Plague in India, 1896, 1897 - Volume 3
Year: 1896
Disease focus: Plague
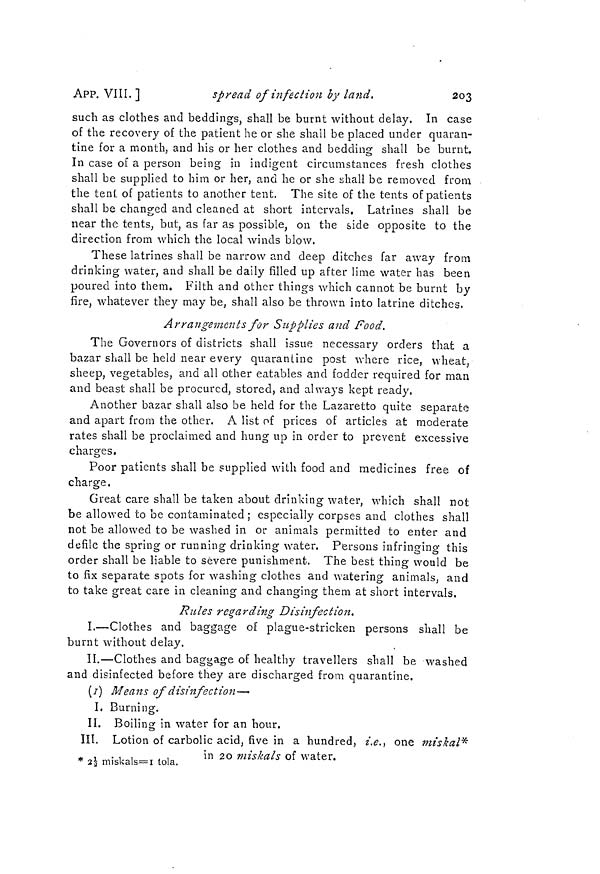
203
APP. VIII. ]
spread of infection by land.
such as clothes and beddings, shall be burnt without delay. In case
of the recovery of the patient he or she shall be placed under quaran-
tine for a month, and his or her clothes and bedding shall be burnt.
In case of a person being in indigent circumstances fresh clothes
shall be supplied to him or her, and he or she shall be removed from
the tent, of patients to another tent. The site of the tents of patients
shall be changed and cleaned at short intervals. Latrines shall be
near the tents, but, as far as possible, on the side opposite to the
direction from which the local winds blow,
These latrines shall be narrow and deep ditches far away from
drinking water, and shall be daily filled up after lime water has been
poured into them. Filth and other things which cannot be burnt by
fire, whatever they may be, shall also be thrown into latrine ditches.
Arrangements for Supplies and Food.
The Governors of districts shall issue necessary orders that a
bazar shall be held near every quarantine post where rice, wheat,
sheep, vegetables, and all other eatables and fodder required for man
and beast shall be procured, stored, and always kept ready,
Another bazar shall also be held for the Lazaretto quite separate
and apart from the other. A list of prices of articles at moderate
rates shall be proclaimed and hung up in order to prevent excessive
charges.
Poor patients shall be supplied with food and medicines free of
charge,
Great care shall be taken about drinking water, which shall not
be allowed to be contaminated ; especially corpses and clothes shall
not be allowed to be washed in or animals permitted to enter and
defile the spring or running drinking water. Persons infringing this
order shall be liable to severe punishment. The best thing would be
to fix separate spots for washing clothes and watering animals, and
to take great care in cleaning and changing them at short intervals.
Rules regarding Disinfection.
I.—Clothes and baggage of plague-stricken persons shall be
burnt without delay.
II.—Clothes and baggage of healthy travellers shall be washed
and disinfected before they are discharged from quarantine.
(I) Means of disinfection—•
I. Burning.
II. Boiling in water for an hour.
III. Lotion of carbolic acid, five in a hundred, i.e., one miskal*
in 20 miskals of water. * 2 1/2 miskals=1 tola
.